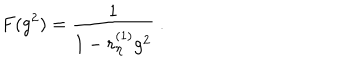
F ( g ^ { 2 } ) = \frac 1 { 1 - r _ { \eta } ^ { ( 1 ) } g ^ { 2 } } \ .